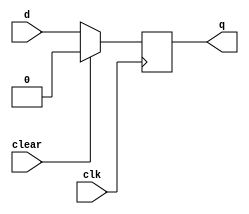
module _dff(d,clk,clear,q); 

input d, clk, clear; 
output reg q; 


always@(posedge clk) 
begin
    if(clear== 1)
        q <= 0;
    else 
        q <= d;
end 
endmodule
module synchronize(output s1_o,output s2_o, output [7:0]e1_o,output[7:0]e2_o,input s1,input s2, input [7:0]e1,input[7:0]e2,input clk);

    wire s1_1,s1_2,s1_3,s1_4,s1_5,s1_6,s1_7,s2_1,s2_2,s2_3,s2_4,s2_5,s2_6,s2_7;
    wire [7:0] e1_1,e1_2,e1_3,e1_4,e1_5,e1_6,e1_7,e2_1,e2_2,e2_3,e2_4,e2_5,e2_6,e2_7;

    _dff d1(s1,clk,1'b0,s1_1);
    _dff d2(s1_1,clk,1'b0,s1_2);
    _dff d3(s1_2,clk,1'b0,s1_3);
    _dff d4(s1_3,clk,1'b0,s1_4);
    _dff d5(s1_4,clk,1'b0,s1_5);
    _dff d6(s1_5,clk,1'b0,s1_6);
    _dff d7(s1_6,clk,1'b0,s1_o);
    _dff d_1(s2,clk,1'b0,s2_1);
    _dff d_2(s2_1,clk,1'b0,s2_2);
    _dff d_3(s2_2,clk,1'b0,s2_3);
    _dff d_4(s2_3,clk,1'b0,s2_4);
    _dff d_5(s2_4,clk,1'b0,s2_5);
    _dff d_6(s2_5,clk,1'b0,s2_6);
    _dff d_7(s2_6,clk,1'b0,s2_o);

    _dff   dd1  [7:0](e1,clk,1'b0,e1_1);
    _dff   dd2  [7:0](e1_1,clk,1'b0,e1_2);
    _dff   dd3  [7:0](e1_2,clk,1'b0,e1_3);
    _dff   dd4  [7:0](e1_3,clk,1'b0,e1_4);
    _dff   dd5  [7:0](e1_4,clk,1'b0,e1_5);
    _dff   dd6  [7:0](e1_5,clk,1'b0,e1_6);
    _dff   dd7  [7:0](e1_6,clk,1'b0,e1_o);
    _dff   dd_1  [7:0](e2,clk,1'b0,e2_1);
    _dff   dd_2  [7:0](e2_1,clk,1'b0,e2_2);
    _dff   dd_3  [7:0](e2_2,clk,1'b0,e2_3);
    _dff   dd_4  [7:0](e2_3,clk,1'b0,e2_4);
    _dff   dd_5  [7:0](e2_4,clk,1'b0,e2_5);
    _dff   dd_6  [7:0](e2_5,clk,1'b0,e2_6);
    _dff   dd_7  [7:0](e2_6,clk,1'b0,e2_o);


endmodule